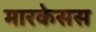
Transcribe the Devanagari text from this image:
मारकेसस